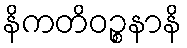
နိကတိဝဉ္စနာနိ